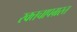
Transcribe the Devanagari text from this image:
रक्तचापग्रस्त